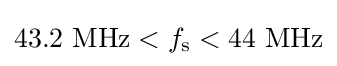
43.2\ \mathrm {MHz} <f_{\mathrm {s} }<44\ \mathrm {MHz}